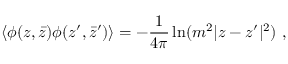
\langle \phi ( z , \bar { z } ) \phi ( z ^ { \prime } , \bar { z } ^ { \prime } ) \rangle = - { \frac { 1 } { 4 \pi } } \ln ( m ^ { 2 } | z - z ^ { \prime } | ^ { 2 } ) ~ ,